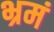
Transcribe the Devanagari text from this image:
भ्रमं